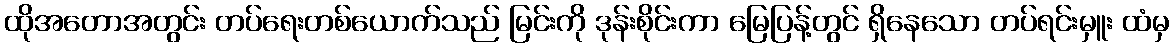
ထိုအတောအတွင်း တပ်ရေးတစ်ယောက်သည် မြင်းကို ဒုန်းစိုင်းကာ မြေပြန့်တွင် ရှိနေသော တပ်ရင်းမှူး ထံမှ